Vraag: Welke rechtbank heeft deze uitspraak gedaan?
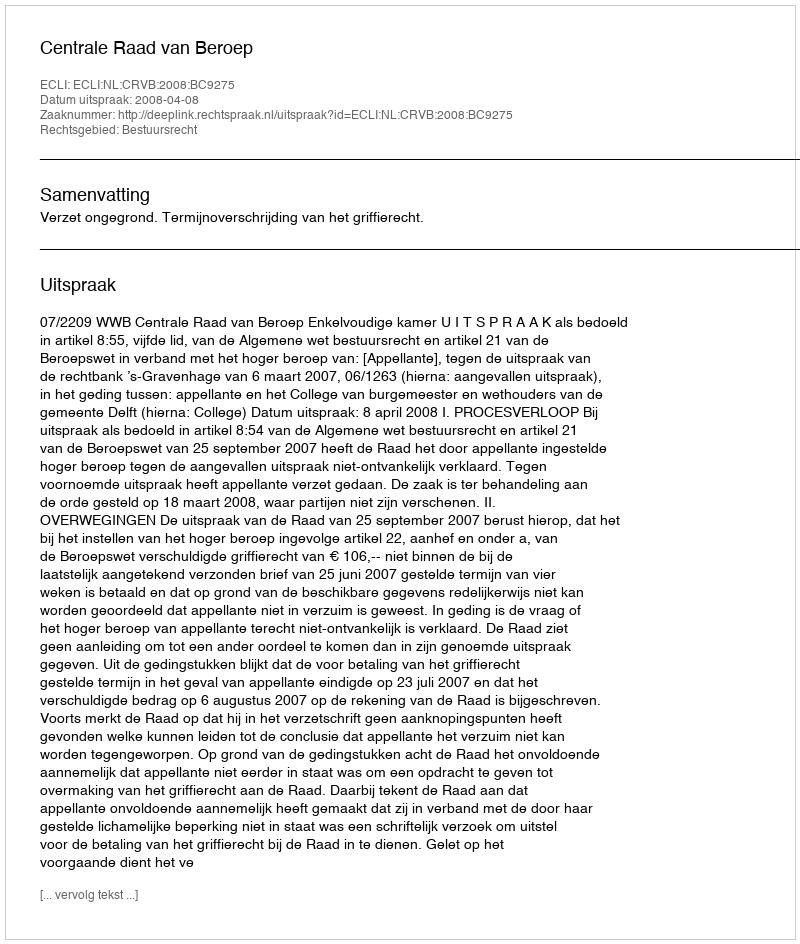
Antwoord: Centrale Raad van Beroep